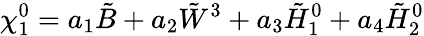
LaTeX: \chi_{1}^{0}=a_{1}\tilde{B}+a_{2}\tilde{W}^{3}+a_{3}\tilde{H}_{1}^{0}+a_{4}\tilde{H}_{2}^{0}